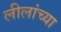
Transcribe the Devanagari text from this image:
लीलांच्या